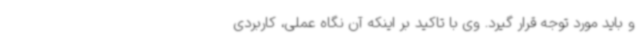
و باید مورد توجه قرار گیرد. وی با تاکید بر اینکه آن نگاه عملی، کاربردی